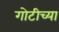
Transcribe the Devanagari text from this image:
गोटीच्या